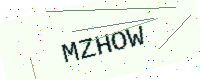
Text: MZHOW